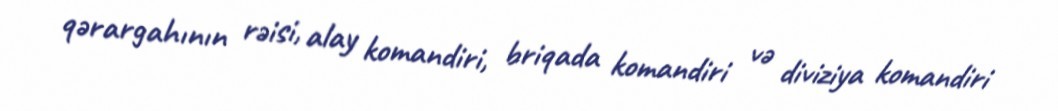
qərargahının rəisi, alay komandiri, briqada komandiri və diviziya komandiri